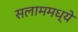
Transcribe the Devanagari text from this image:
सलाममध्ये